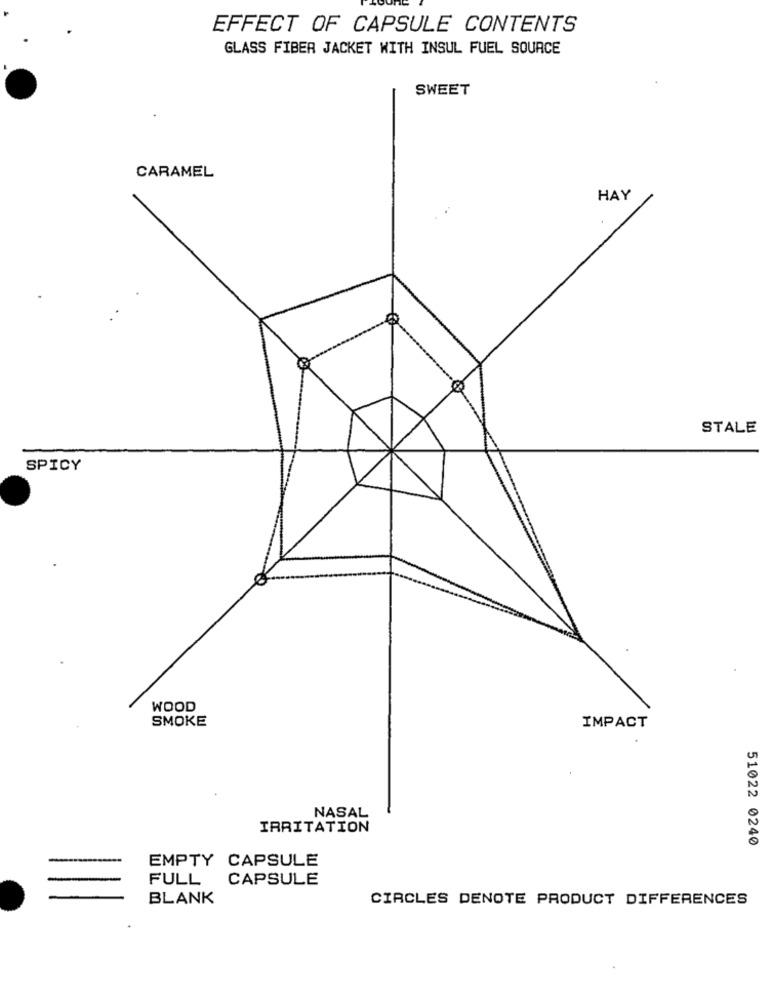
EFFECT OF CAPSULE CONTENTS
GLASS FIBER JACKET WITH INSUL FUEL SOURCE
SWEET
CARAMEL
HAY
STALE
SPICY
WOOD
SMOKE
IMPACT
NASAL
IRRITATION
51022 0240
EMPTY CAPSULE
CAPSULE
FULL
BLANK
CIRCLES DENOTE PRODUCT DIFFERENCES